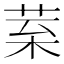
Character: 𦰧